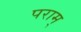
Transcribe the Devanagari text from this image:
पराम्